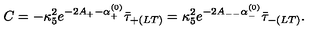
C = - \kappa _ { 5 } ^ { 2 } e ^ { - 2 A _ { + } - \alpha _ { + } ^ { ( 0 ) } } \bar { \tau } _ { + ( L T ) } = \kappa _ { 5 } ^ { 2 } e ^ { - 2 A _ { -- } \alpha _ { - } ^ { ( 0 ) } } \bar { \tau } _ { - ( L T ) } .